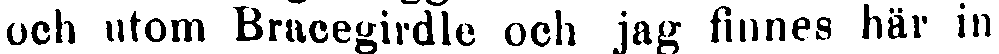
och utom Bracegirdle och jag finnes här in